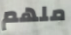
ملهم